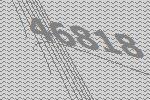
46818